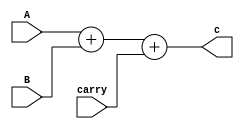
module n_module(A,B,carry,c);
    parameter N =1;
    input [(N-1):0] A;
    input [N-1:0] B;
    input [N-1:0]carry;
    output [N-1:0]c;
    assign c =A+B+carry;
endmodule